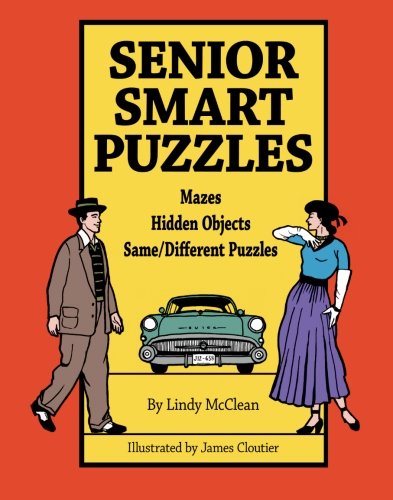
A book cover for Senior Smart Puzzles; Lindy McClean; Parenting & Relationships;